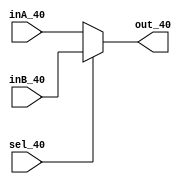
module mux_2to1_32bit(
    output reg [31:0] out_40,
    input [31:0] inA_40,
    input [31:0] inB_40,
    input sel_40
);

always@(inA_40,inB_40,sel_40)
begin
    if (sel_40 == 0)
    begin
	   out_40 <= inA_40;
   end else
   begin
      out_40 <= inB_40;

  end
end

endmodule